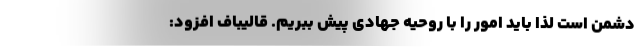
دشمن است لذا باید امور را با روحیه جهادی پیش ببریم. قالیباف افزود: